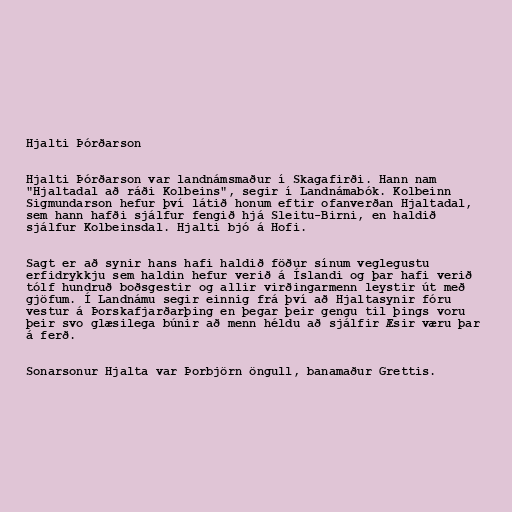
Hjalti Þórðarson

Hjalti Þórðarson var landnámsmaður í Skagafirði. Hann nam
"Hjaltadal að ráði Kolbeins", segir í Landnámabók. Kolbeinn
Sigmundarson hefur því látið honum eftir ofanverðan Hjaltadal,
sem hann hafði sjálfur fengið hjá Sleitu-Birni, en haldið
sjálfur Kolbeinsdal. Hjalti bjó á Hofi.

Sagt er að synir hans hafi haldið föður sínum veglegustu
erfidrykkju sem haldin hefur verið á Íslandi og þar hafi verið
tólf hundruð boðsgestir og allir virðingarmenn leystir út með
gjöfum. Í Landnámu segir einnig frá því að Hjaltasynir fóru
vestur á Þorskafjarðarþing en þegar þeir gengu til þings voru
þeir svo glæsilega búnir að menn héldu að sjálfir Æsir væru þar
á ferð.

Sonarsonur Hjalta var Þorbjörn öngull, banamaður Grettis.